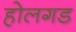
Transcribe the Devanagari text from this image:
होलगड